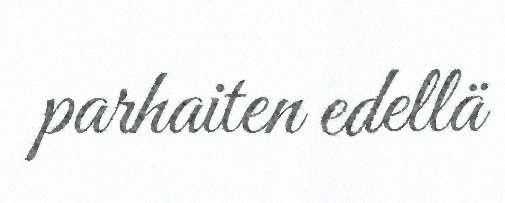
parhaiten edellä